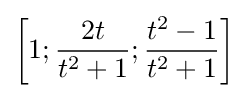
\left[1;{\frac {2t}{t^{2}+1}};{\frac {t^{2}-1}{t^{2}+1}}\right]